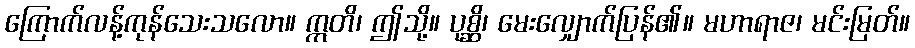
ကြောက်လန့်ကုန်သေးသလော။ ဣတိ၊ ဤသို့။ ပုစ္ဆိ၊ မေးလျှောက်ပြန်၏။ မဟာရာဇ၊ မင်းမြတ်။